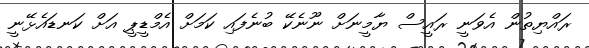
ރައްޔިތުން އެވަނީ ރައީސް ޔާމީނަށް ނޫނެކޭ ބުނެފައި ކަމަށް އެމްޑީޕީ އަށް ކަނޑައެޅޭނީ